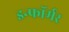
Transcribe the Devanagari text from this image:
इन्फॉर्मर